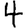
Digit: 4